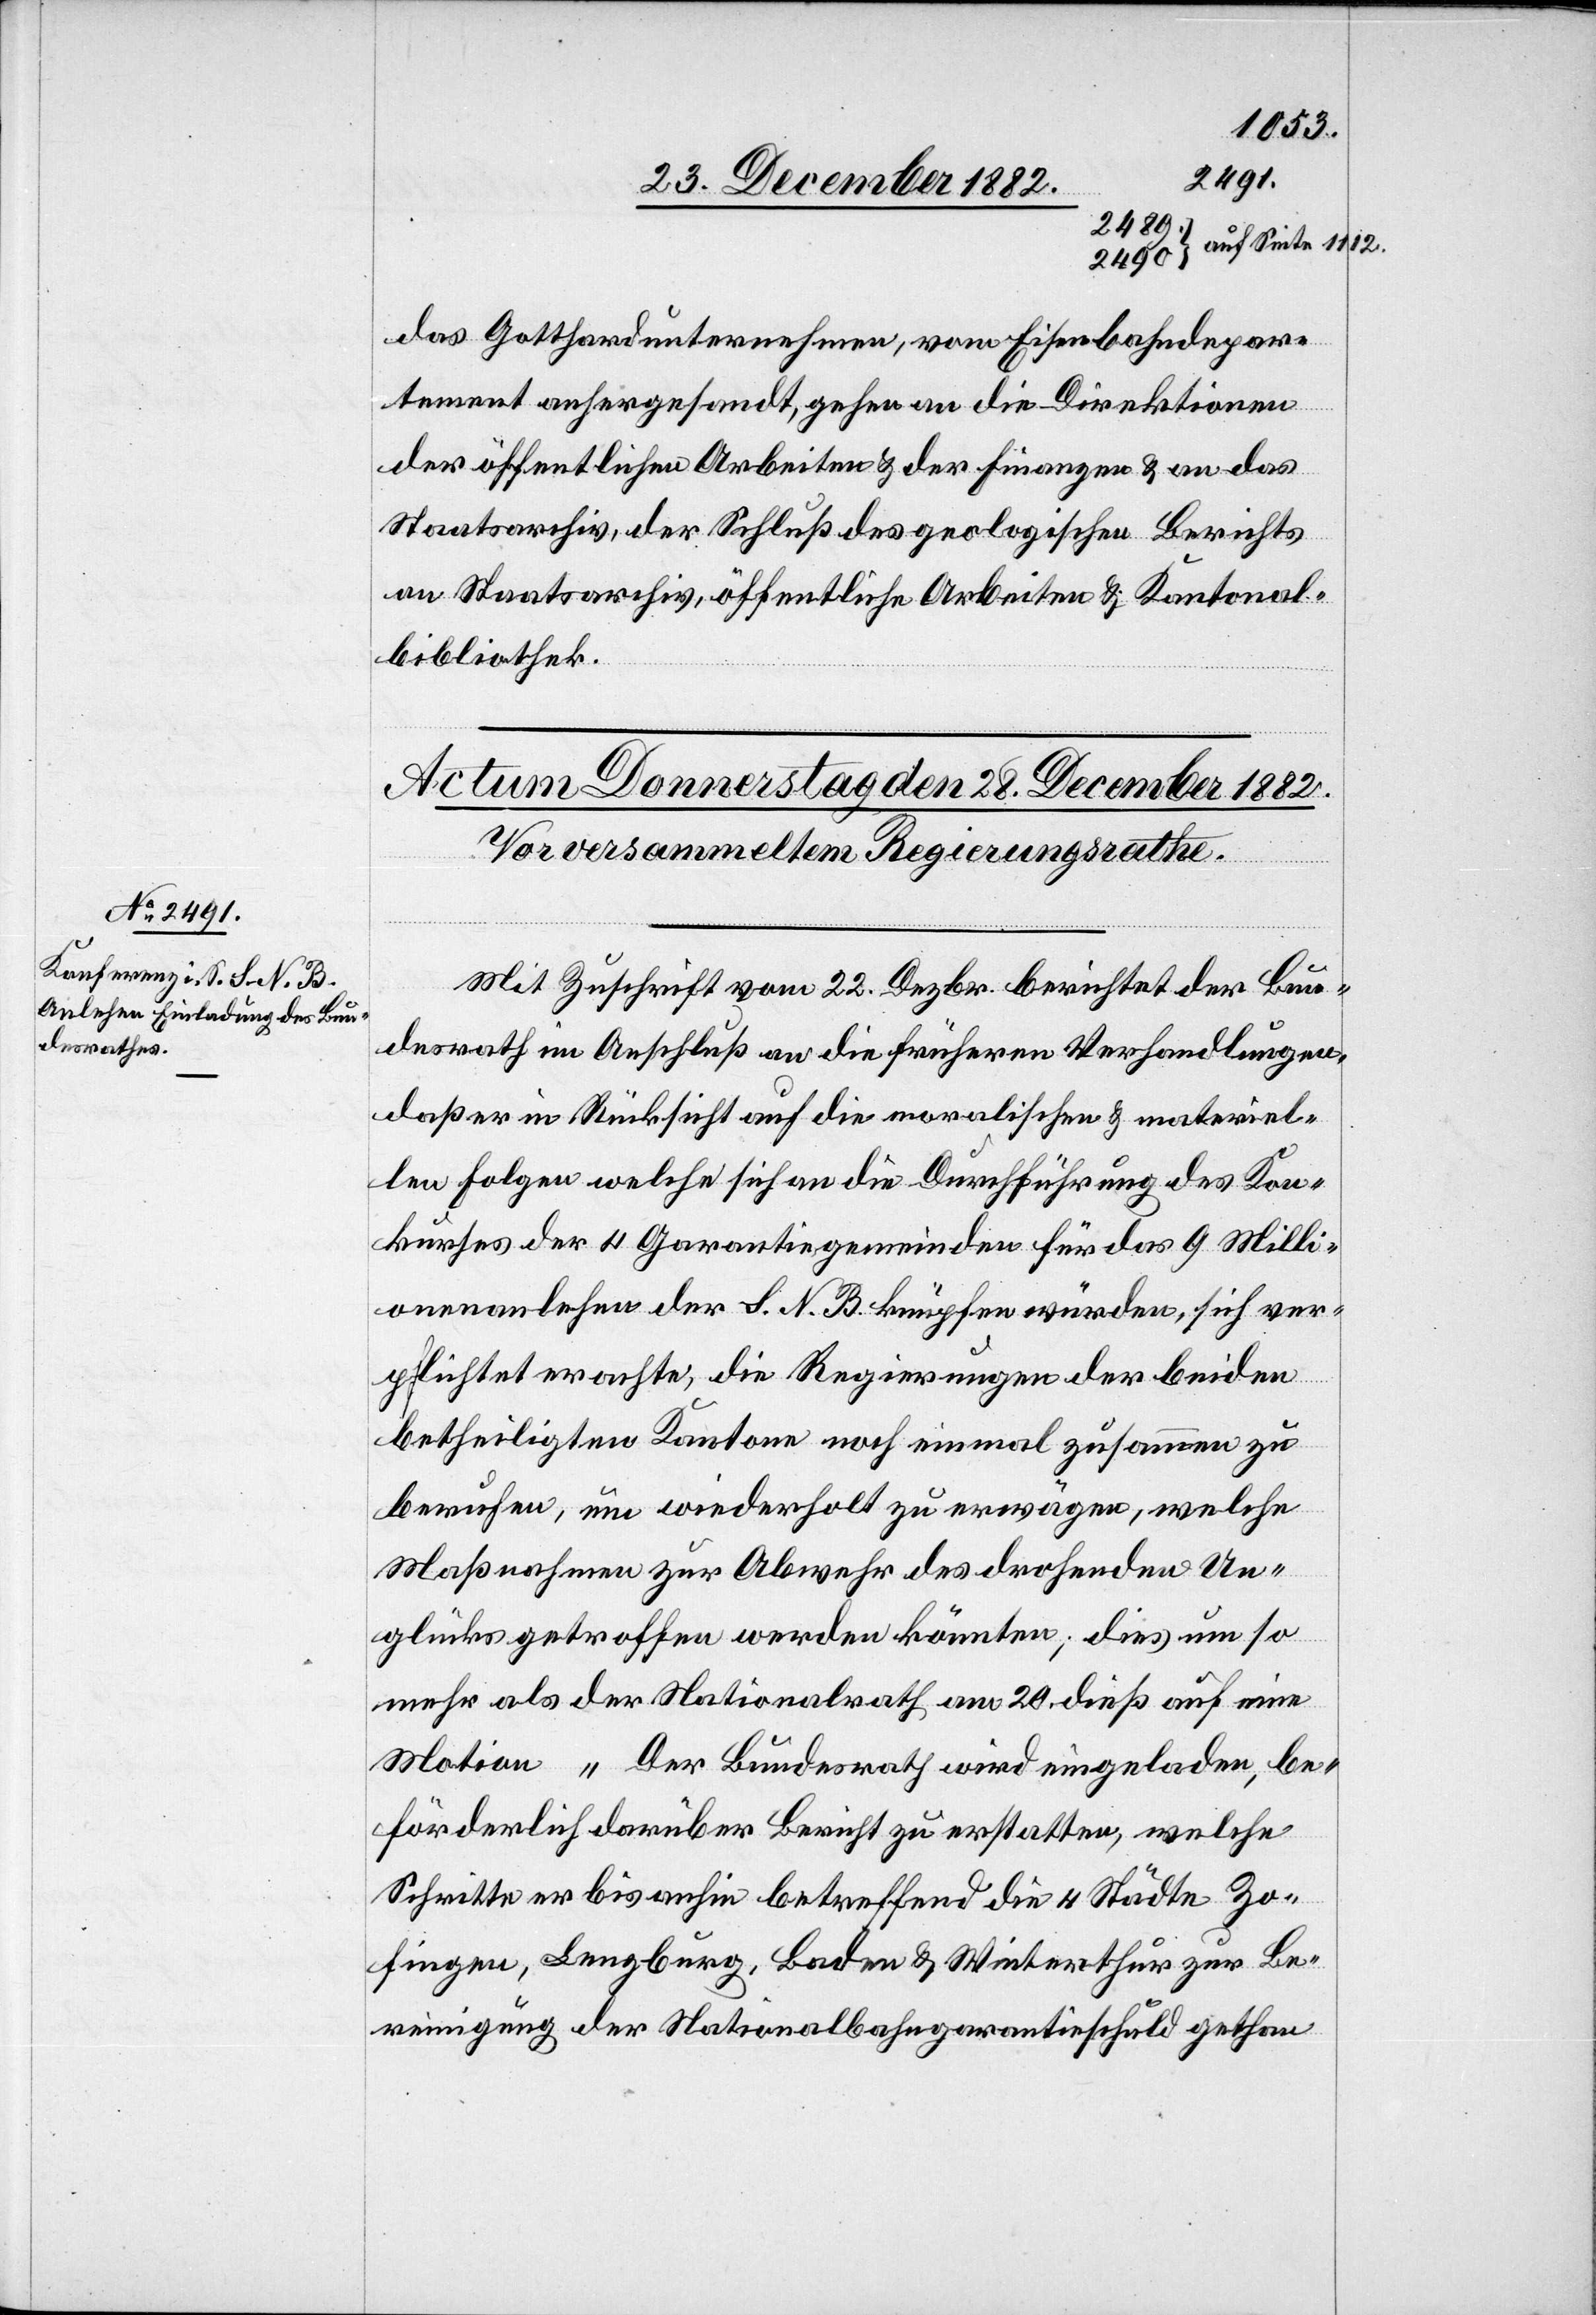
das Gotthardunternehmen, vom Eisenbahndepar¬
tement anhergesandt, gehen [recte: geht] an die Direktionen
der öffentlichen Arbeiten & der Finanzen & an das
Staatsarchiv, der Schluß des geologischen Berichts
an Staatsarchiv, öffentliche Arbeiten & Kantonal¬
bibliothek.
Mit Zuschrift vom 22. Dezbr. berichtet der Bun¬
desrath im Anschluß an die früheren Verhandlungen,
daß er in Rücksicht auf die moralischen & materiel¬
len Folgen welche sich an die Durchführung des Kon¬
kurses der 4 Garantiegemeinden für das 9 Milli¬
onenanlehen der S. N. B. knüpfen würden, sich ver¬
pflichtet erachte, die Regierungen der beiden
betheiligten Kantone noch einmal zusammen zu
berufen, um wiederholt zu erwägen, welche
Maßnahmen zur Abwehr des drohenden Un¬
glücks getroffen werden können; dies um so
mehr als der Nationalrath am 20. dieß auf eine
Motion „Der Bundesrath wir eingeladen, be¬
förderlich darüber Bericht zu erstatten, welche
Schritte er bis anhin betreffend die 4 Städte Zo¬
fingen, Lenzburg, Baden & Winterthur zur Be¬
reinigung der Nationalbahngarantieschuld gethan